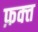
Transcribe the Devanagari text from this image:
फ़क्‍त